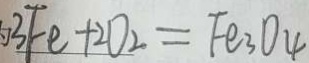
3 F e + 2 O _ { 2 } = F e _ { 3 } O _ { 4 }